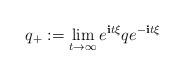
LaTeX: \begin{align*} q_+ := \lim_{t\rightarrow \infty} e^{\textbf{i}t\xi} q e^{-\textbf{i}t\xi}\end{align*}